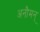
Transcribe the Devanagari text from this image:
अनौमन्